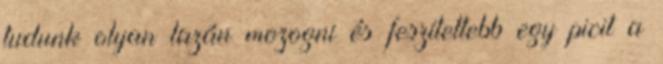
tudunk olyan lazán mozogni és feszítettebb egy picit a